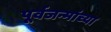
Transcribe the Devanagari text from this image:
पूर्वजन्मांच्या